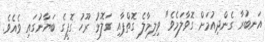
އަނބުރާ ގެންދިއުމަށް ގޮވާލަމެވެ" ވިލިމާލެ ގޮތްޕާއި ގަލޮޅު ރޫހު ގޮފީގެ ބަޔާނުގައި ވެއެވެ.